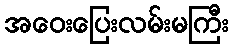
အဝေးပြေးလမ်းမကြီး